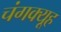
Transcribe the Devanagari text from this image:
चंगक्यूह